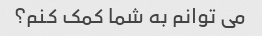
می توانم به شما کمک کنم؟